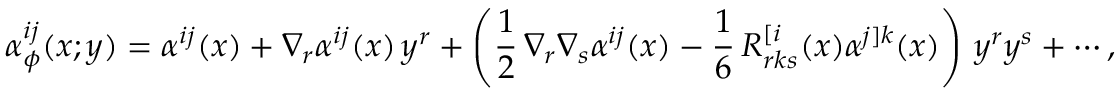
\alpha _ { \phi } ^ { i j } ( x ; y ) = \alpha ^ { i j } ( x ) + \nabla _ { r } \alpha ^ { i j } ( x ) \, y ^ { r } + \left( \frac 1 2 \, \nabla _ { r } \nabla _ { s } \alpha ^ { i j } ( x ) - \frac 1 6 \, R _ { r k s } ^ { [ i } ( x ) \alpha ^ { j ] k } ( x ) \right) \, y ^ { r } y ^ { s } + \cdots ,